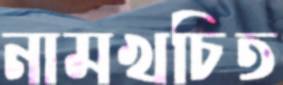
নামখচিত